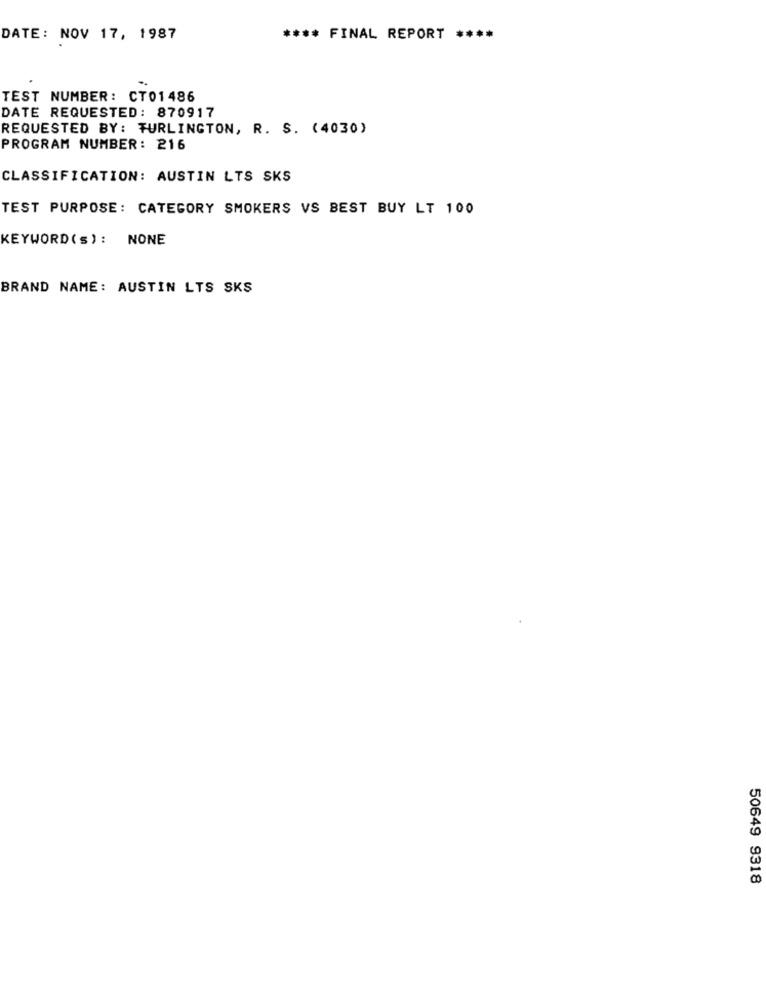
DATE: NOV 17, 1987
**** FINAL REPORT ****
TEST NUMBER: CT01486
DATE REQUESTED: 870917
REQUESTED BY: TURLINGTON, R. S. (4030)
PROGRAM NUMBER: 216
CLASSIFICATION: AUSTIN LTS SKS
TEST PURPOSE: CATEGORY SMOKERS VS BEST BUY LT 100
KEYWORD (s): NONE
BRAND NAME: AUSTIN LTS SKS
50649 9318